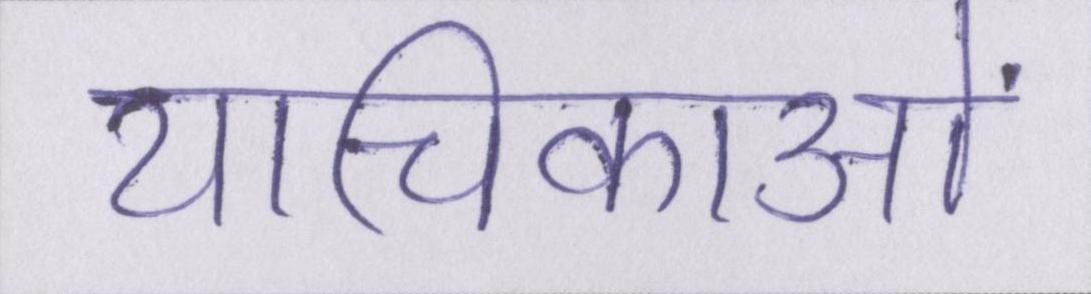
याचिकाओं